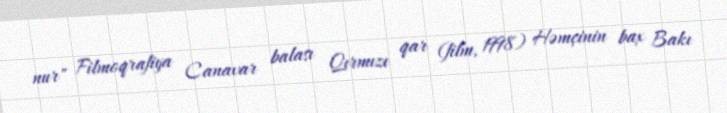
nur" Filmoqrafiya Canavar balası Qırmızı qar (film, 1998) Həmçinin bax Bakı